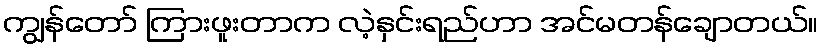
ကျွန်တော် ကြားဖူးတာက လဲ့နှင်းရည်ဟာ အင်မတန်ချောတယ်။